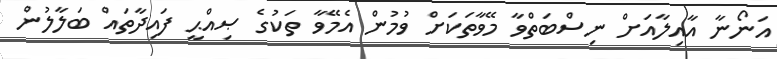
އަނޯނާ އާއިލާއަށް ނިސްބަތްވާ މޭވާތަކަށް ވުމުން އެމޭވާ ތަކުގެ ޞިއްޙީ ފައިދާތައް ބަލާލުން